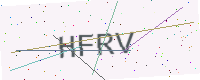
Text: HFRV